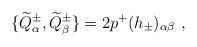
\begin{align*}\{ \widetilde{Q}^\pm_\alpha, \widetilde{Q}^\pm_\beta \} = 2 p^+ (h_\pm)_{\alpha \beta} ~,\end{align*}